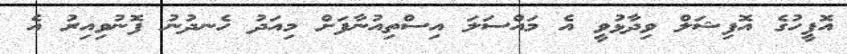
އޮފީހުގެ އޮފިޝަލް ވިދާޅުވީ އެ މައްސަލަ އިސްތިއުނާފަަށް މިއަދު ހެނދުނު ފޮނުވިއިރު އެ